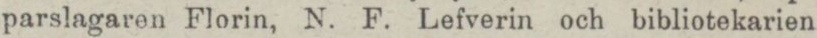
parslagaren Florin, N. F. Lefverin och bibliotekarien